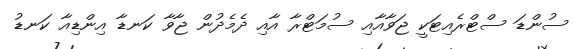
ސުންޑަ ސްޓްރެއިޓަކީ ޖަވާއާއި ސުމަޓްރާ އާއި ދެމެދުން ޖާވާ ކަނޑާ އިންޑިއާ ކަނޑު